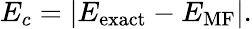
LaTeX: E_{c}=|E_{\textrm{exact}}-E_{\textrm{MF}}|.